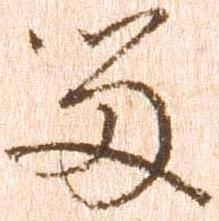
留